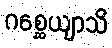
ဂစ္ဆေယျာသိ